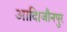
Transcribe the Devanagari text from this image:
आदि।जौनपुर